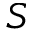
S